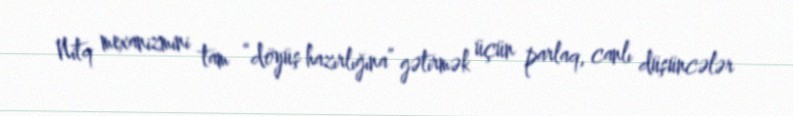
Nitq mexanizmini tam “döyüş hazırlığına” gətirmək üçün parlaq, canlı düşüncələr